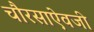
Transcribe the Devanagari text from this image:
चौरसाऐवजी